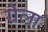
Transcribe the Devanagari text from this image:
ग्रेला